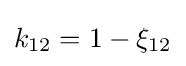
k_{12}=1-\xi _{12}